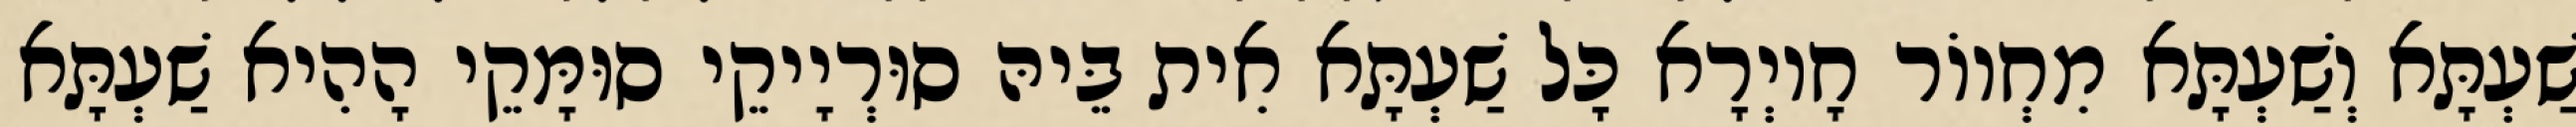
שַׁעְתָּא וְשַׁעְתָּא מִחְווֹר חָיוְרָא כָּל שַׁעְתָּא אִית בֵּיהּ סוּרְיָיקֵי סוּמָּקֵי הָהִיא שַׁעְתָּא